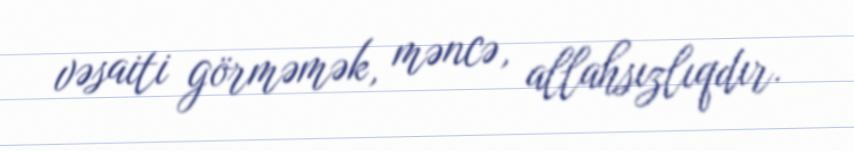
vəsaiti görməmək, məncə, allahsızlıqdır.